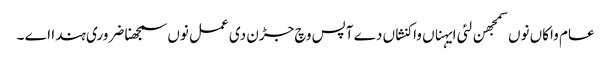
عام واکاں نوں سمجھن لئی ایہناں واکنشاں دے آپس وچ جڑن دی عمل نوں سمجھنا ضروری ہندا اے ۔